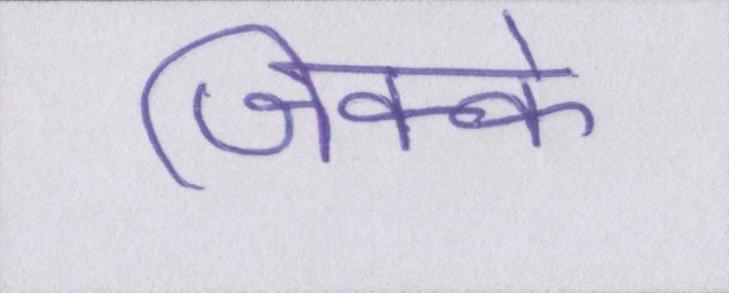
जिक्के